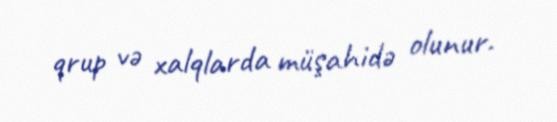
qrup və xalqlarda müşahidə olunur.